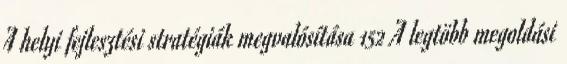
A helyi fejlesztési stratégiák megvalósítása 152 A legtöbb megoldási